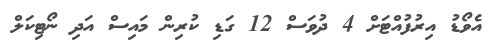
އެވޯޑު އިރުފުއްޓަށް 4 ދުވަސް 12 ގަޑި ކުރިން މައިސް އަދި ނޯޓިކަލް